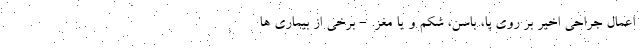
اعمال جراحی اخیر بر روی پا، باسن، شکم و یا مغز. - برخی از بیماری ها